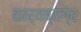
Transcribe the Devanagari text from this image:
कार्यव्यग्र